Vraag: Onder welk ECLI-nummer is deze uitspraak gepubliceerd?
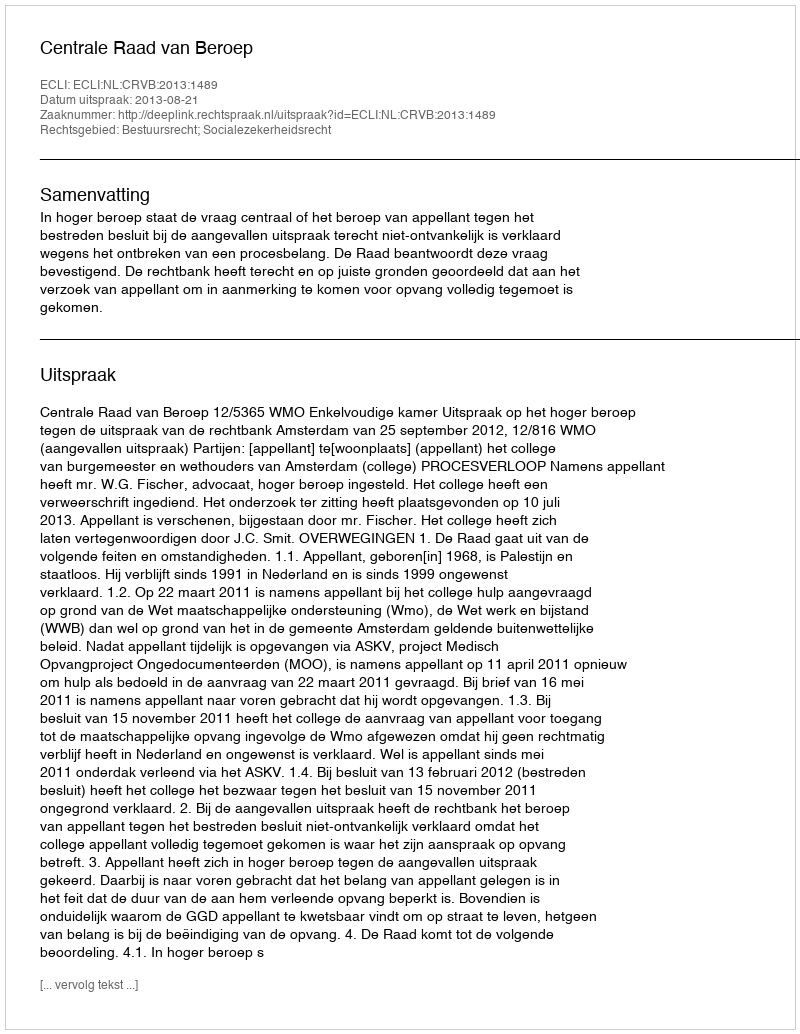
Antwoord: ECLI:NL:CRVB:2013:1489